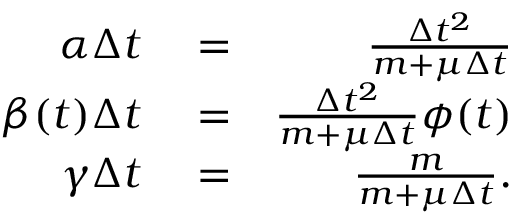
\begin{array} { r l r } { \alpha \Delta t } & { { } = } & { \frac { \Delta t ^ { 2 } } { m + \mu \Delta t } } \\ { \beta ( t ) \Delta t } & { { } = } & { \frac { \Delta t ^ { 2 } } { m + \mu \Delta t } \phi ( t ) } \\ { \gamma \Delta t } & { { } = } & { \frac { m } { m + \mu \Delta t } . } \end{array}